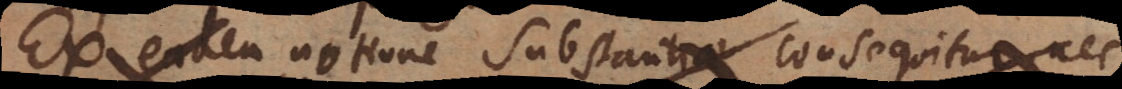
Ex eadem notione substantiae consequitur, nec